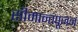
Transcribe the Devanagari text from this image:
सीमान्तपूजन